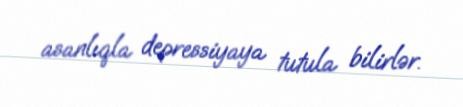
asanlıqla depressiyaya tutula bilirlər.